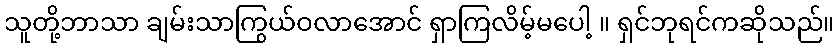
သူတို့ဘာသာ ချမ်းသာကြွယ်ဝလာအောင် ရှာကြလိမ့်မပေါ့ ။ ရှင်ဘုရင်ကဆိုသည်။